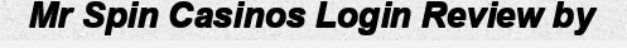
Mr Spin Casinos Login Review by